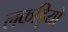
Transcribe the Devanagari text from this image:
लकड़ियो